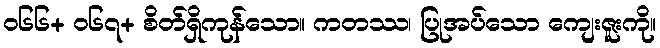
၀၆၆+ ၀၆၇+ စိတ်ရှိကုန်သော။ ကတဿ၊ ပြုအပ်သော ကျေးဇူးကို။